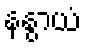
နနွာယံ